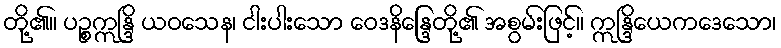
တို့၏။ ပဉ္စဣန္ဒြိ ယဝသေန၊ ငါးပါးသော ဝေဒနိန္ဒြေတို့၏ အစွမ်းဖြင့်။ ဣန္ဒြိယေကဒေသော၊